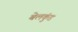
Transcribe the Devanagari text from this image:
बेलकुंड